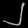
Digit: ၂